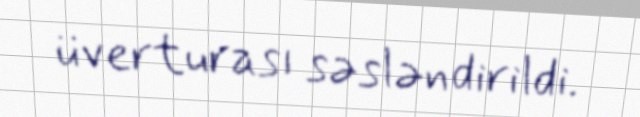
üverturası səsləndirildi.